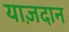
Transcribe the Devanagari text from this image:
याज़दान